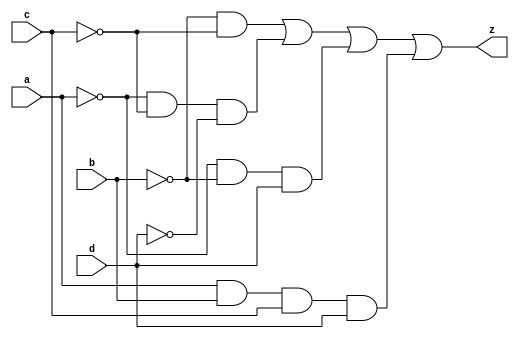
module boolfunction(
    input [0:0] a,
    input [0:0] b,
    input [0:0] c,
    input [0:0] d,
    output [0:0] z
    );
    
    assign  z = ~b&~c | ~a&~c&~d | ~a&~b&d | a&b&c&d;
endmodule





module boolfunction_tb();
    reg a;
    reg b;
    reg c;
    reg d;
    wire z;
    boolfunction uut (.a(a), .b(b), .c(c), .d(d), .z(z));
        initial begin
            a = 0; b = 0; c= 0; d =0;
            #100;
            
            a = 0; b = 0; c= 0; d =1;
            #100;
            
            a = 0; b = 0; c= 1; d =0;
            #100;
            
            a = 0; b = 0; c= 1; d =1;
            #100;
            
            a = 0; b = 1; c= 0; d =0;
            #100;
            
            a = 0; b = 1; c= 0; d =1;
            #100;
            
            a = 0; b = 1; c= 1; d =0;
            #100;
            
            a = 0; b = 1; c= 1; d =1;
            #100;
            
            a = 1; b = 0; c= 0; d =0;
            #100;
            
            a = 1; b = 0; c= 0; d =1;
            #100;
            
            a = 1; b = 0; c= 1; d =0;
            #100;
            
            a = 1; b = 0; c= 1; d =1;
            #100;
            
            a = 1; b = 1; c= 0; d =0;
            #100;
            
            a = 1; b = 1; c= 0; d =1;
            #100;
            
            a = 1; b = 1; c= 1; d =0;
            #100;
            
            a = 1; b = 1; c= 1; d =1;
            #100;
    end
endmodule